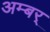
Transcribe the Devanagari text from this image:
अम्बर्